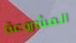
المشروعة